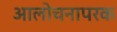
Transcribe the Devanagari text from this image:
आलोचनापरक